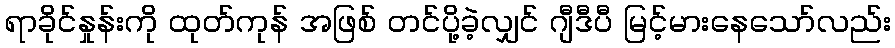
ရာခိုင်နှုန်းကို ထုတ်ကုန် အဖြစ် တင်ပို့ခဲ့လျှင် ဂျီဒီပီ မြင့်မားနေသော်လည်း